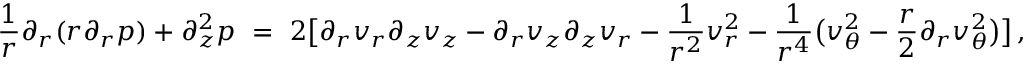
\frac 1 r \partial _ { r } ( r \partial _ { r } p ) + \partial _ { z } ^ { 2 } p \ = \ 2 \big [ \partial _ { r } v _ { r } \partial _ { z } v _ { z } - \partial _ { r } v _ { z } \partial _ { z } v _ { r } - \frac { 1 } { r ^ { 2 } } v _ { r } ^ { 2 } - \frac { 1 } { r ^ { 4 } } \big ( v _ { \theta } ^ { 2 } - \frac { r } { 2 } \partial _ { r } v _ { \theta } ^ { 2 } \big ) \big ] \, ,